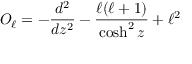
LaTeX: O _ { \ell } = - { \frac { d ^ { 2 } } { d z ^ { 2 } } } - { \frac { \ell ( \ell + 1 ) } { \cosh ^ { 2 } z } } + \ell ^ { 2 }